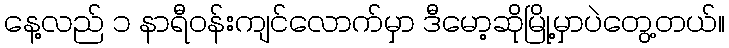
နေ့လည် ၁ နာရီဝန်းကျင်လောက်မှာ ဒီမော့ဆိုမြို့မှာပဲတွေ့တယ်။